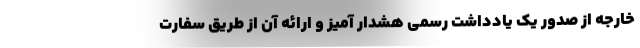
خارجه از صدور یک یادداشت رسمی هشدار آمیز و ارائه آن از طریق سفارت